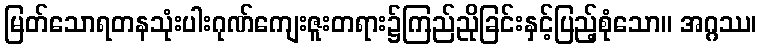
မြတ်သောရတနသုံးပါးဂုဏ်ကျေးဇူးတရား၌ကြည်ညိုခြင်းနှင့်ပြည့်စုံသော။ အဂ္ဂဿ၊